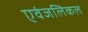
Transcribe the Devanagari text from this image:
एवंजलिकल